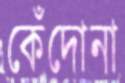
কেঁদোনা